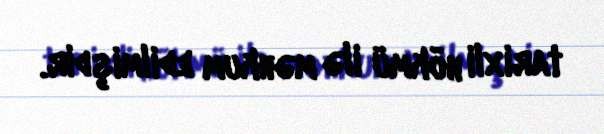
tarixli hökmü ilə məhkum edilmişdir.